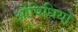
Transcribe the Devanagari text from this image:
औषिधियो